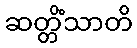
ဆတ္တိံသာတိ